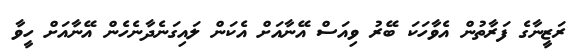
ރަޒީނާގެ ފަރާތުން އެވާހަކަ ބޭރު ވިއަސް އޭނާއަށް އެކަން ލައިގަނެދާނެހެން އޭނާއަށް ހީވާ